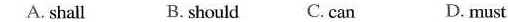
A. shall B.should C. can D. must